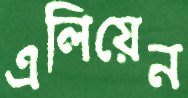
এলিয়েন